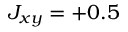
J _ { x y } = + 0 . 5